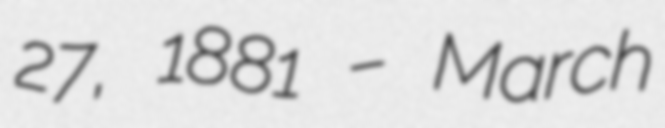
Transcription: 27, 1881 – March